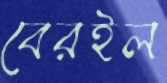
বেরইল